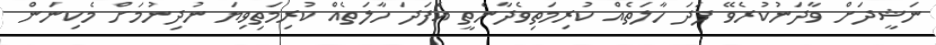
ނަޝީދަށް ވާދަނުކުރެވޭ ފަދަ ހާލަތެއް ކުރިމަތިވެދާނެތީ އެފަދަ ހާލަތެއް ކުރިމަތިވިޔަ ނުދިނުމަށް މެކިނަން